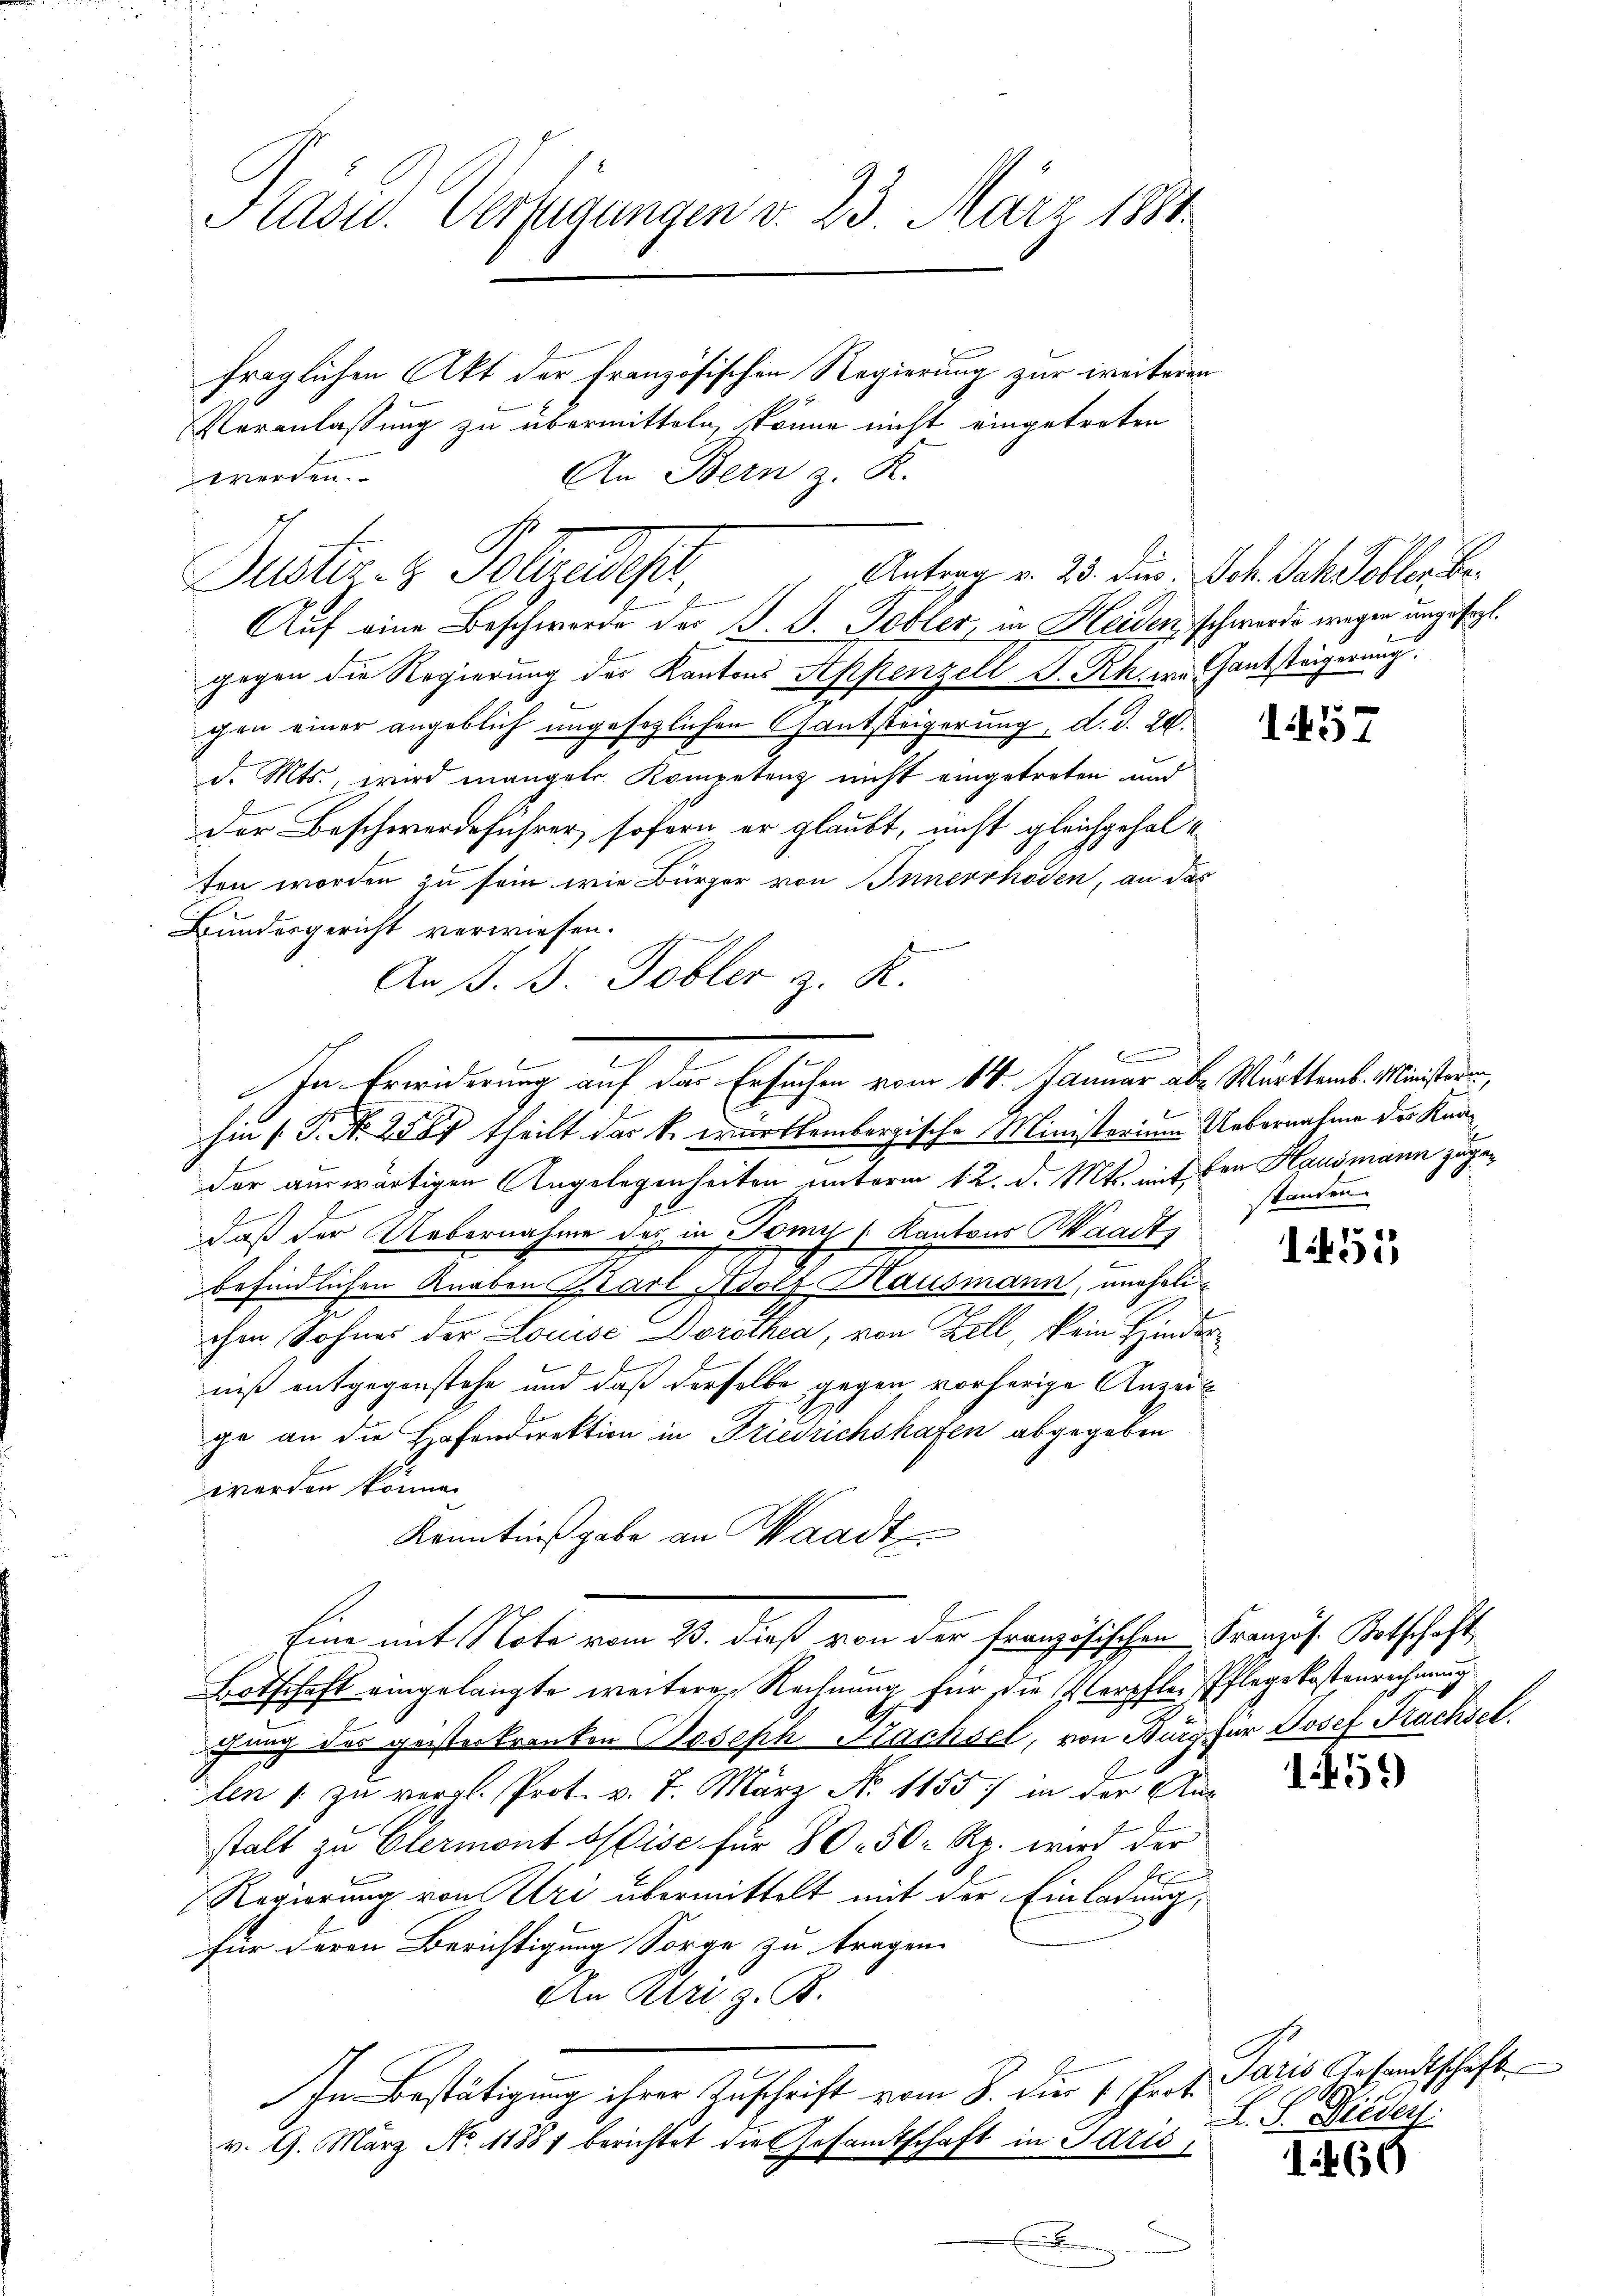
Kasu. Verfügungen v. 23. März 1881

fraglichen Akt der Französischen Regierung zur weiteren
Veranlassung zu übermitteln, könne nicht eingetreten
An Bern z. K.
werden.

Antrag v. 23. Dier. Joh. Ich Tobler Be¬
Justiges Polizeipr

Auf eine Beschwerde der F. B. Tobler, in Heiden, schwerde wegen unzusagt.
gegen die Regierung der Kantons Appenzell P. Rh. wo Hantsteigerung
gen einer angeblich ungesezlichen Gautsteigerung, d. d. 24.
d. Mts., wird mangels Kompetenz nicht eingetreten und
Der Beschwerdeführer, sofern er glaubt, nicht gleichgehalten worden zu sein, wie Bürger von Innerrhoden, an das
Bundesgericht verwiesen.
An ß. 3. Tobler z. R.
hin (T. N. 258 theilt das k. württembergische Ministerium Uebernahme des Knader auswärtigen Angelegenheiten unterm 12. d. Mts. mit den Hausmann zugedaß der Uebernahme des in Somy (Kantons Waadt,
befindlichen Knaben Barl Josef Hausmann, unehelichen Sohnes der Louise Dorothea, von Zell kein Hinderniß entgegenstehe und daß derselbe gegen vorherige Anzeige an die Hafendirektion in Friedrichshafen abgegeben
werden könne.
Kenntnißgabe an Waadt
Eine mit Note vom 23. dieß von der französischen Französ. Botschaft
Botschaft eingelangte weitere Rechnung für die Verpfler Pflegekostenrechnung
gang des geisterkranken Joseph Nachsel, von Burg für Josef Nachsel.
en /: zu vergl. Prot. v. 7. März No. 1155 in der Ausstalt zu Clermont eise für 80. 50 Rp. wird der
Regierung von Uri übermittelt mit der Einladung,
für deren Berichtigung Sorge zu tragen.
An Uri z. B.
In Bestätigung ihrer Zuschrift vom 8. die 1. Prot.
v. 9. März No 11887 berichtet die Gesandtschaft in Paris,
x

C
In Erwiderung auf das Ersuchen vom 14. Januar als Württemb. Meistern,

b

157

standen.

55

1451)

Paris Gesandtschaft
S. S. Dieder.

1460